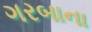
ગરબાના